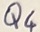
Text: Q4